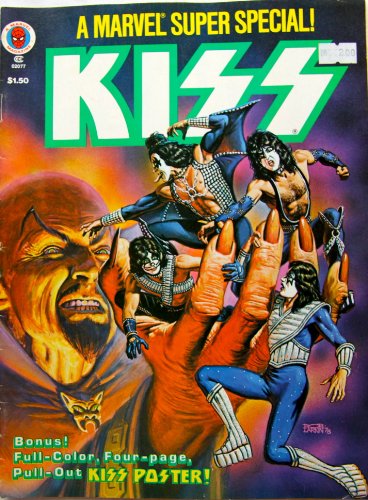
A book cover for Kiss (Marvel super special); Ralph Macchio; Comics & Graphic Novels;